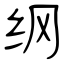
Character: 纲